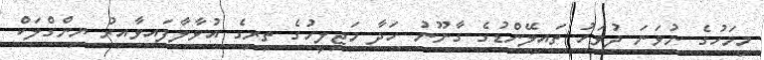
މިމަހުގެ ނުވަނަ ދުވަހު ތައިލޭންޑުގެ ގާނޫނު ހަދާ މަޖިލީހުގެ ތިރިގެ އުވާލާފައިވާއިރު ޔިންގްލަކް